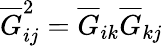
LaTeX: \overline{{G}}_{ij}^{2}=\overline{{G}}_{ik}\overline{{G}}_{kj}